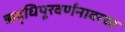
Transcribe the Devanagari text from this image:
ऋद्धिपूरवर्णनावरचा